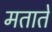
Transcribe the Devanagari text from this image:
मताते